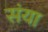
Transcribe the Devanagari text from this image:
संया